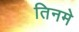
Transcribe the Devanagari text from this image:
तिनमे